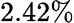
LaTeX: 2.42\%